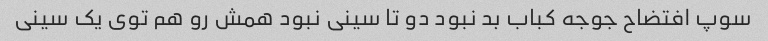
سوپ افتضاح جوجه کباب بد نبود دو تا سینی نبود همش رو هم توی یک سینی